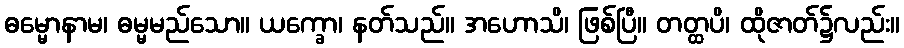
ဓမ္မောနာမ၊ ဓမ္မမည်သော။ ယက္ခော၊ နတ်သည်။ အဟောသိ၊ ဖြစ်ပြီ။ တတ္ထပိ၊ ထိုဇာတ်၌လည်း။